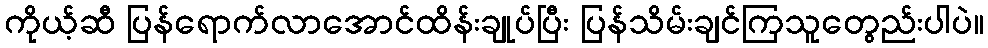
ကိုယ့်ဆီ ပြန်ရောက်လာအောင်ထိန်းချုပ်ပြီး ပြန်သိမ်းချင်ကြသူတွေည်းပါပဲ။